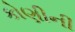
કોણીની